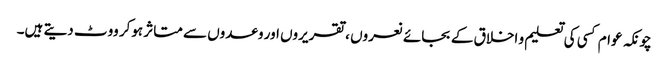
چونکہ عوام کسی کی تعلیم و اخلاق کے بجائے نعروں ، تقریروں اور وعدوں سے متاثر ہوکر ووٹ دیتے ہیں۔